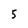
Character: 5